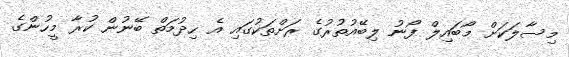
މިސާލަކަށް މޯބައިލް ފޯނު ލިބޭއުތުރުގެ ރަށްތަކުގައި އެ ހިދުމަތް ބޭނުން ކުރާ މީހުންގެ